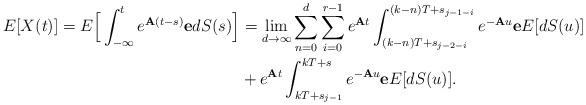
LaTeX: \begin{align*}E[X(t)]=E\Big[\int_{-\infty}^te^{{\bf A}(t-s)}{\bf e}dS(s)\Big]&=\lim_{d\rightarrow\infty}\sum_{n=0}^{d}\sum_{i=0}^{r-1}e^{{\bf A}t}\int_{(k-n)T+s_{j-2-i}}^{(k-n)T+s_{j-1-i}}e^{-{\bf A}u}{\bf e}E[dS(u)]\\&+e^{{\bf A}t}\int_{kT+s_{j-1}}^{kT+s}e^{-{\bf A}u}{\bf e}E[dS(u)].\end{align*}